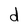
Character: d